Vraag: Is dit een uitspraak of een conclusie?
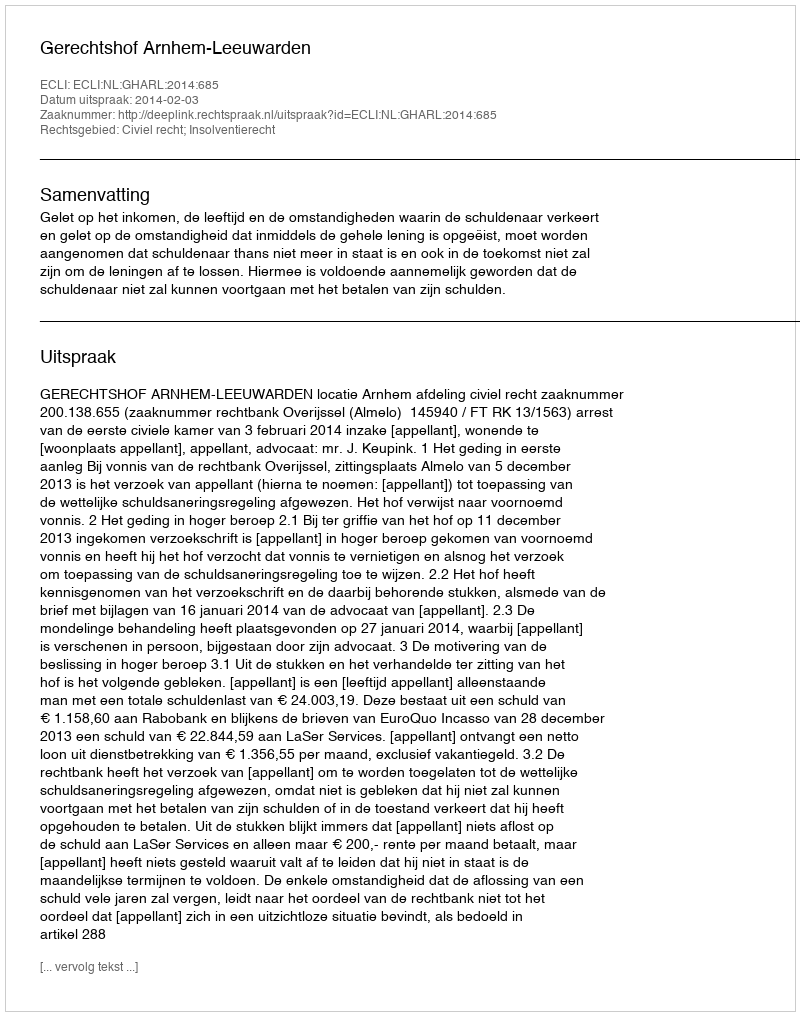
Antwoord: Uitspraak